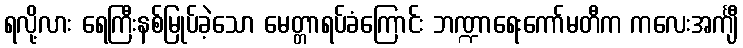
ရလို့လား ရေကြီးနစ်မြုပ်ခဲ့သော မေတ္တာရပ်ခံကြောင်း ဘဏ္ဍာရေးကော်မတီက ကလေးအင်္ကျီ